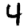
Digit: 4